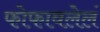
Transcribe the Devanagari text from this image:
फोफावलेलं